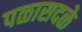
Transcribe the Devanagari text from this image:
पळासदळे